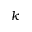
k